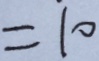
= 1 0